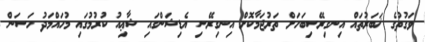
ވަގުތުގެ ޚަބަރުތައް އިނގިރޭސިބަހަށް ތަރުޖަމާކޮށް އިނގިރޭސި އެޑިޝަންގައި ޝާޢިއު ކުރުމުގައި މުހައްމަދު ހަސަން